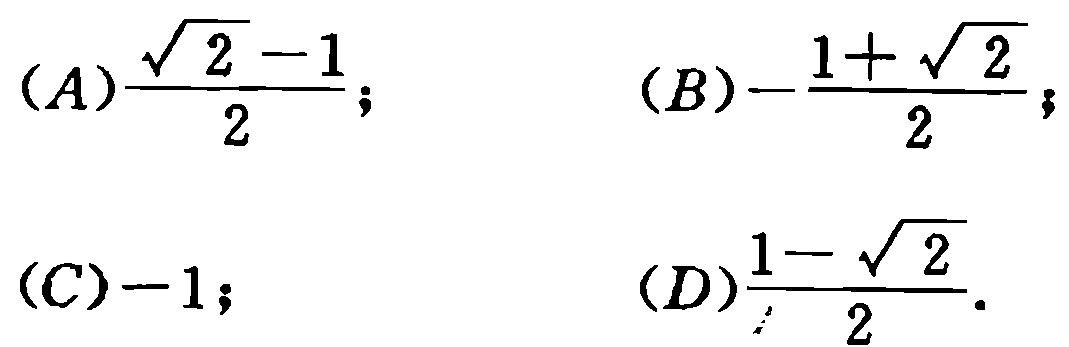
(A)$\frac{\sqrt{2}-1}{2}$; (B)$-\frac{1 + \sqrt{2}}{2}$; (C)$-1$; (D)$\frac{1-\sqrt{2}}{2}$